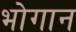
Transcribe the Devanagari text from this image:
भोगान